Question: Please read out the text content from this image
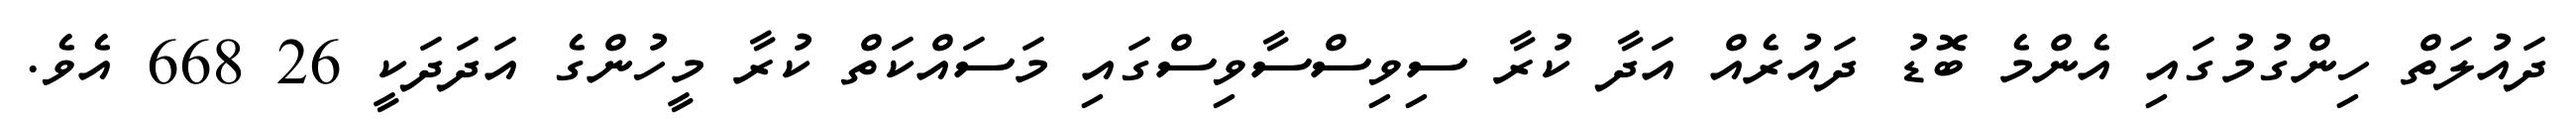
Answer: ދައުލަތް ހިންގުމުގައި އެންމެ ބޮޑު ދައުރެއް އަދާ ކުރާ ސިވިސްސާވިސްގައި މަސައްކަތް ކުރާ މީހުންގެ އަދަދަކީ 26 668 އެވެ.